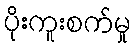
ပိုးကူးစက်မှု